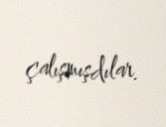
çalışmışdılar.